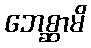
ဘေစ္ဆာမိ